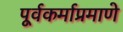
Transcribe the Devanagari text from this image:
पूर्वकर्माप्रमाणे